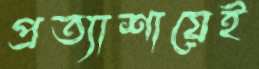
প্রত্যাশায়েই